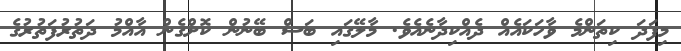
މިފަދަ ކިތަންމެ ވާހަކައެއް ދެއްކިދާނެއެވެ. މާލޭގައި ބަސް ބޭނުން ކޮށްގެން އާއްމު ދަތުރުފަތުރުގެ